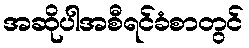
အဆိုပါအစီရင်ခံစာတွင်